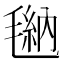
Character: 𪵠